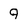
Character: 9